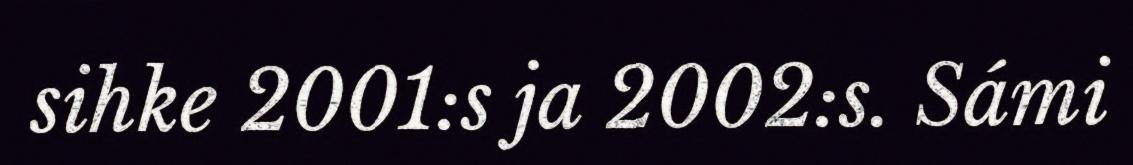
sihke 2001:s ja 2002:s. Sámi